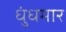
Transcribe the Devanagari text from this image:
धुंधमार